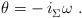
LaTeX: \begin{align*} \theta = - \, i_\Sigma^{} \omega~.\end{align*}